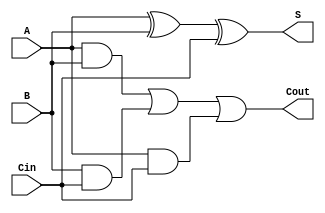
module full_adder (
    input wire A,      // First input bit
    input wire B,      // Second input bit
    input wire Cin,    // Carry-in bit
    output wire S,     // Sum output
    output wire Cout   // Carry-out output
);

// Intermediate signals
wire sum1; // Intermediate sum from first XOR
wire and1, and2, and3; // AND gates for carry-out

// Level 1: Sum calculation using XOR gates
assign sum1 = A ^ B;    // First XOR gate
assign S = sum1 ^ Cin;  // Second XOR gate for final sum

// Level 1: Carry-out calculation using AND and OR gates
assign and1 = A & B;    // AND gate for A and B
assign and2 = B & Cin;   // AND gate for B and Cin
assign and3 = A & Cin;   // AND gate for A and Cin

// Level 2: Final carry-out using OR gate
assign Cout = and1 | and2 | and3; // OR gate to consolidate carry-out

endmodule